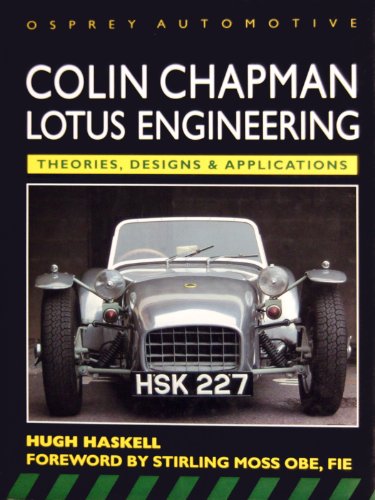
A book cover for Colin Chapman: Lotus Engineering; Hugh Haskell; Engineering & Transportation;